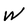
Character: W